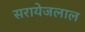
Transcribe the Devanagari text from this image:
सरायेजलाल